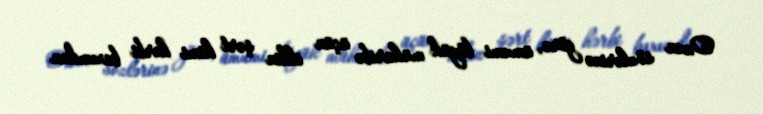
Onun sözlərinə görə, ümumi böyük müharibə üçün ilkin şərt kimi hərbi baxımdan